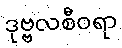
ဒုဗ္ဗလစီဝရာ